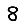
Digit: 8